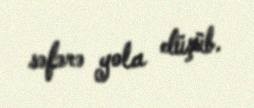
səfərə yola düşüb.